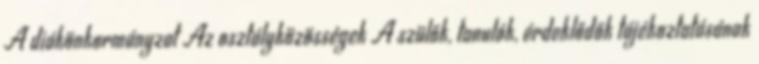
A diákönkormányzat Az osztályközösségek A szülők, tanulók, érdeklődők tájékoztatásának